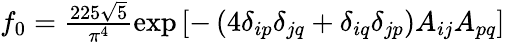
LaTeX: \begin{array}{r}{f_{0}=\frac{225\sqrt{5}}{\pi^{4}}\exp\left[-\left(4\delta_{ip}\delta_{jq}+\delta_{iq}\delta_{jp}\right)A_{ij}A_{pq}\right]}\end{array}